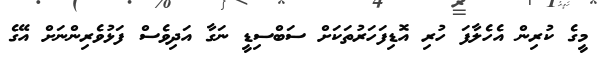
މީގެ ކުރިން އެހެލާފަ ހުރި އޮޑިފަހަރުތަކަށް ސަބްސިޑީ ނަގާ އަދިވެސް ފަޅުވެރިންނަށް އޭގެ